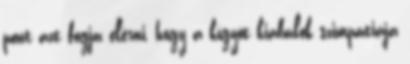
pont azt fogja elérni, hogy a kígyót kiabálók szimpátiája